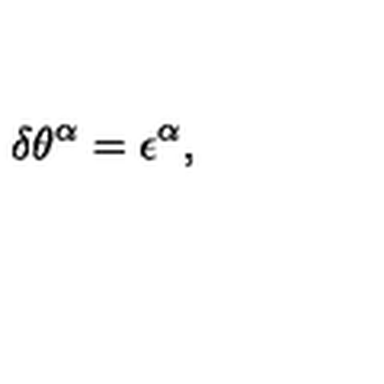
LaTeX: \delta \theta ^ { \alpha } = \epsilon ^ { \alpha } ,